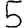
Digit: 5